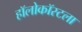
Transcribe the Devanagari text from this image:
हॉलोकॉस्टला